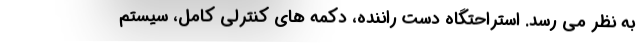
به نظر می رسد. استراحتگاه دست راننده، دکمه های کنترلی کامل، سیستم